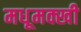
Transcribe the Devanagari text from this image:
मधूमक्खी